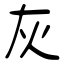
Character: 灰